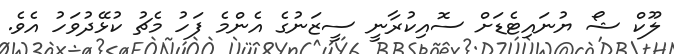
ލޫކް ޝޯ ޔުނައިޓެޑަށް ސޮއިކުރާނީ ސީޒަނުގެ އެންމެ ފަހު މެޗު ކުޅޭދުވަހު އެވެ.